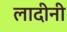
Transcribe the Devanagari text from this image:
लादीनी